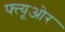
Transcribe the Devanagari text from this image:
फ्त्यूओर